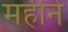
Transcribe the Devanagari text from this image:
महींने